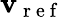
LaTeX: \mathbf{v}_{\mathrm{{~r~e~f~}}}